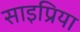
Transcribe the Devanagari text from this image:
साइप्रिया